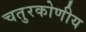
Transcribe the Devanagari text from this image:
चतुरकोणीय